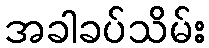
အခါခပ်သိမ်း